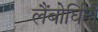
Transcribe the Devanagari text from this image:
लैंबोर्घिनी